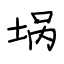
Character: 埚